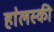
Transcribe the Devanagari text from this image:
हा॓लस्की